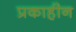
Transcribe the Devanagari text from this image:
प्रकाहीन